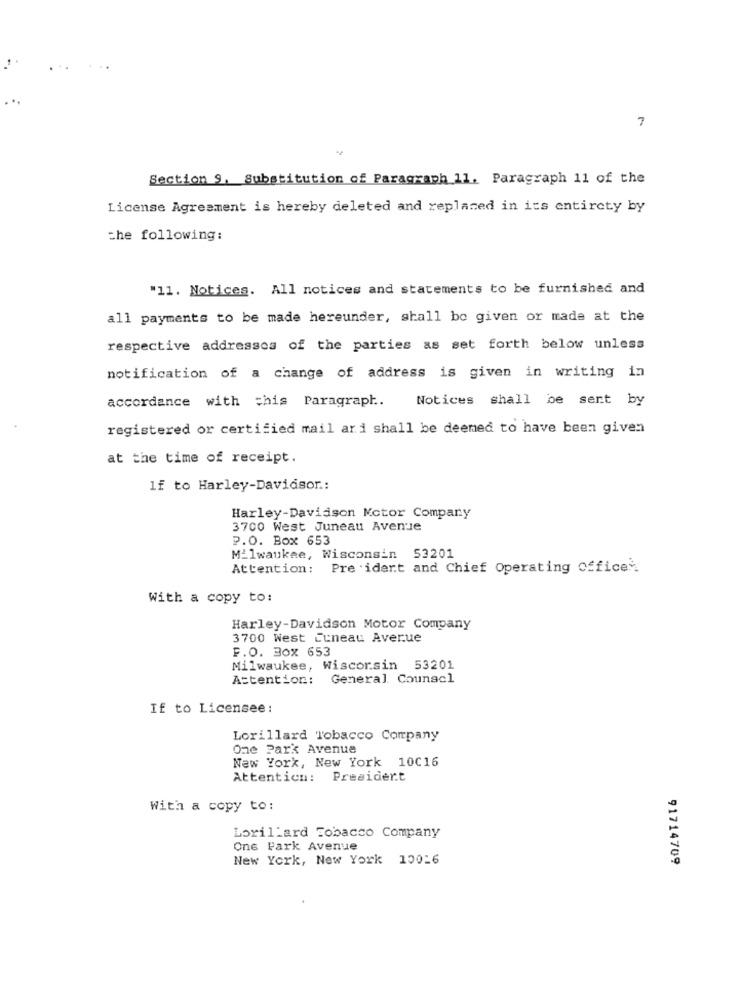
7
Section 9, Substitution of Paragraph 11. Paragraph 11 of the
License Agreement is hereby deleted and replaced in its entirety by
the following:
"11. Notices. All notices and statements to be furnished and
all payments to be made hereunder, shall be given or made at the
respective addresses of the parties as set forth below unless
notification of a change of address is given in writing in
accordance with this Paragraph ..
Notices shall be sent by
registered or certified mail ar i shall be deemed to have been given
at the time of receipt.
lf to Harley-Davidson .:
Harley-Davidson Motor Company
3700 West Juneau Avenue
P.O. Box 653
Milwaukee, Wisconsin 53201
Attention: Pre idert and Chief Operating Officer.
With a copy to:
Harley-Davidson Motor Company
3700 West Luneau Averue
F.O. Box 653
Milwaukee, Wisconsin 53201
Attention:
General Counsel
If to Licensee:
Lorillard Tobacco Company
One Park Avenue
New York, New York 10016
Attention: President
With a copy to:
Lorillard Tobacco Company
One Park Avenue
New York, New York 10016
91714709